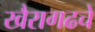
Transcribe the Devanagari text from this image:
खैरागढचे